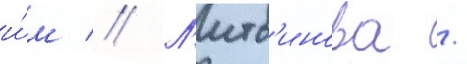
и́м // Л'итв'инова /